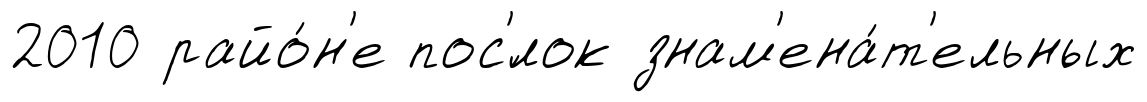
2010 райо́н'е пос'́лок знам'ена́т'ельных